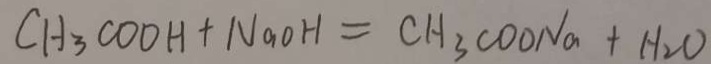
C H _ { 3 } C O O H + N a O H = C H _ { 3 } C O O N a + H _ { 2 } O